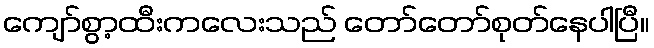
ကျော်စွာ့ထီးကလေးသည် တော်တော်စုတ်နေပါပြီ။